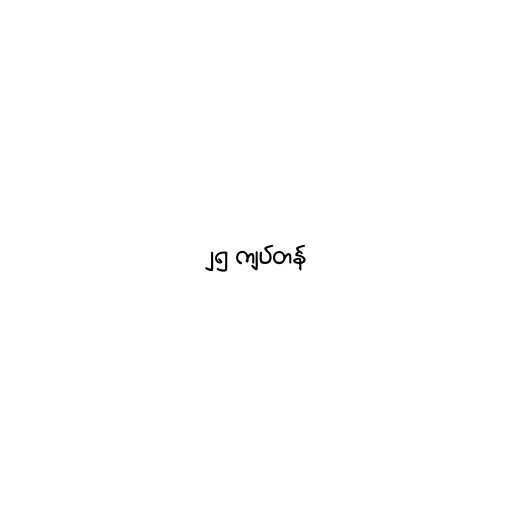
၂၅ ကျပ်တန်